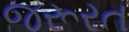
જરૂરત